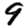
Digit: 9